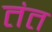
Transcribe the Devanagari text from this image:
तंत